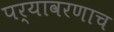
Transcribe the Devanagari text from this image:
पर्यावरणाच